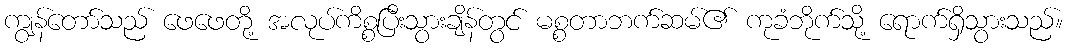
ကျွန်တော်သည် ဖေဖေတို့ အလုပ်ကိစ္စပြီးသွားချိန်တွင် မစ္စတာဘက်ဆမ်၏ ကုခံဘိုက်သို့ ရောက်ရှိသွားသည်။